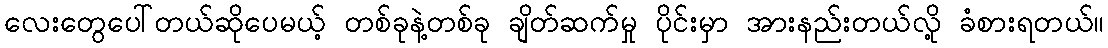
လေးတွေပေါ်တယ်ဆိုပေမယ့် တစ်ခုနဲ့တစ်ခု ချိတ်ဆက်မှု ပိုင်းမှာ အားနည်းတယ်လို့ ခံစားရတယ်။